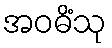
အဝဓိံသု